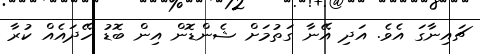
ޗައިނާގަ އެވެ. އަދި އޭނާ ގަތުމަށް ޝެންޑޮން އިން ބޮޑު ހޭދައެއް ކުރާ